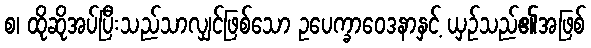
စ၊ ထိုဆိုအပ်ပြီးသည်သာလျှင်ဖြစ်သော ဥပေက္ခာဝေဒနာနှင့် ယှဉ်သည်၏အဖြစ်